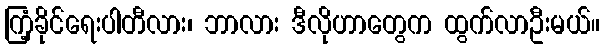
ကြံ့ခိုင်ရေးပါတီလား၊ ဘာလား ဒီလိုဟာတွေက ထွက်လာဦးမယ်။